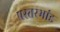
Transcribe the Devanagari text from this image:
प्रस्तरभांड